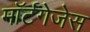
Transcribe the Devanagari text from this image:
मॉर्टगेजेस